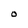
Character: O